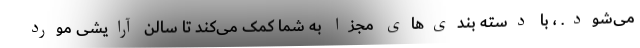
می‌شود. ، با دسته بندی‌های مجزا به شما کمک می‌کند تا سالن آرایشی مورد